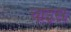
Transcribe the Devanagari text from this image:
चाइस